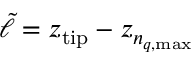
\tilde { \ell } = z _ { \mathrm { t i p } } - z _ { n _ { q , \mathrm { m a x } } }